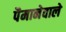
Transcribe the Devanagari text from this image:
पैमानेवाले